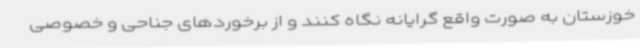
خوزستان به صورت واقع گرایانه نگاه کنند و از برخوردهای جناحی و خصوصی